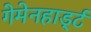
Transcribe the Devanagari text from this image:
गेमेनहार्ड्ट